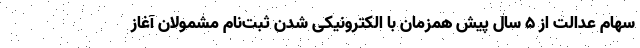
سهام عدالت از ۵ سال پیش همزمان با الکترونیکی شدن ثبت‌نام مشمولان آغاز